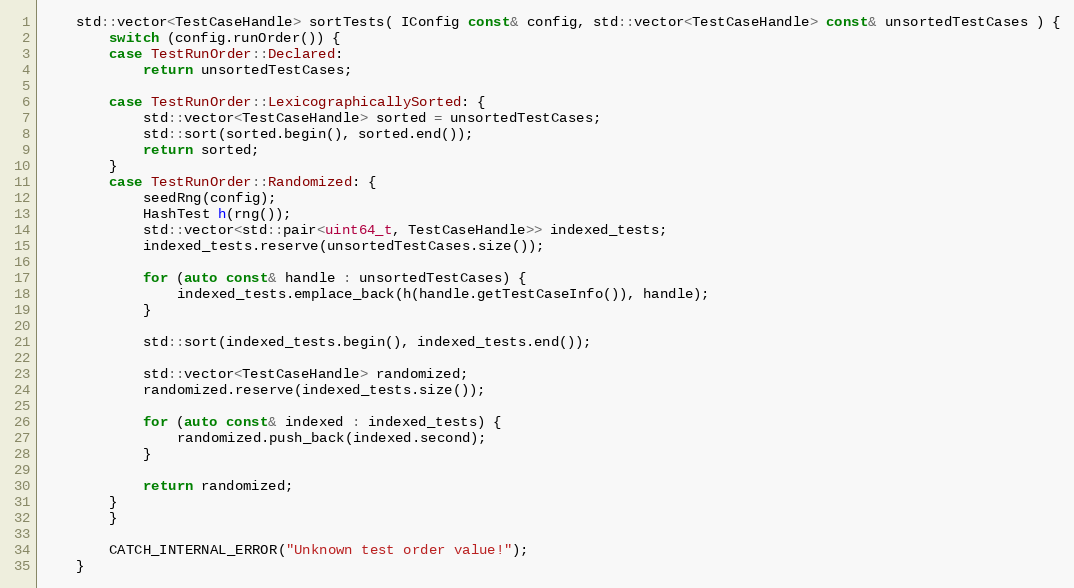
Language: C++
    std::vector<TestCaseHandle> sortTests( IConfig const& config, std::vector<TestCaseHandle> const& unsortedTestCases ) {
        switch (config.runOrder()) {
        case TestRunOrder::Declared:
            return unsortedTestCases;

        case TestRunOrder::LexicographicallySorted: {
            std::vector<TestCaseHandle> sorted = unsortedTestCases;
            std::sort(sorted.begin(), sorted.end());
            return sorted;
        }
        case TestRunOrder::Randomized: {
            seedRng(config);
            HashTest h(rng());
            std::vector<std::pair<uint64_t, TestCaseHandle>> indexed_tests;
            indexed_tests.reserve(unsortedTestCases.size());

            for (auto const& handle : unsortedTestCases) {
                indexed_tests.emplace_back(h(handle.getTestCaseInfo()), handle);
            }

            std::sort(indexed_tests.begin(), indexed_tests.end());

            std::vector<TestCaseHandle> randomized;
            randomized.reserve(indexed_tests.size());

            for (auto const& indexed : indexed_tests) {
                randomized.push_back(indexed.second);
            }

            return randomized;
        }
        }

        CATCH_INTERNAL_ERROR("Unknown test order value!");
    }